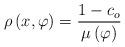
LaTeX: \begin{align*}\rho\left(x,\varphi\right)=\frac{1-c_{o}}{\mu\left(\varphi\right)}\end{align*}